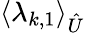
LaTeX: \langle\lambda_{k,1}\rangle_{\hat{U}}